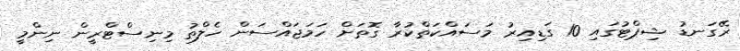
ރޭގަނޑު ޝިޕްޓުގައި 10 ގަޑިއިރު މަސައްކަތްކުރާ ގޮތަށް ހަމަޖައްސަން ހެލްތު މިނިސްޓްރީން ނިންމީ